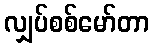
လျှပ်စစ်မော်တာ